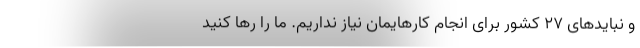
و نبایدهای 27 کشور برای انجام کارهایمان نیاز نداریم. ما را رها کنید